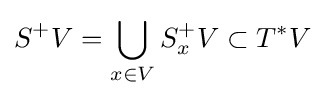
S^{+}V=\bigcup _{x\in V}S_{x}^{+}V\subset T^{*}V